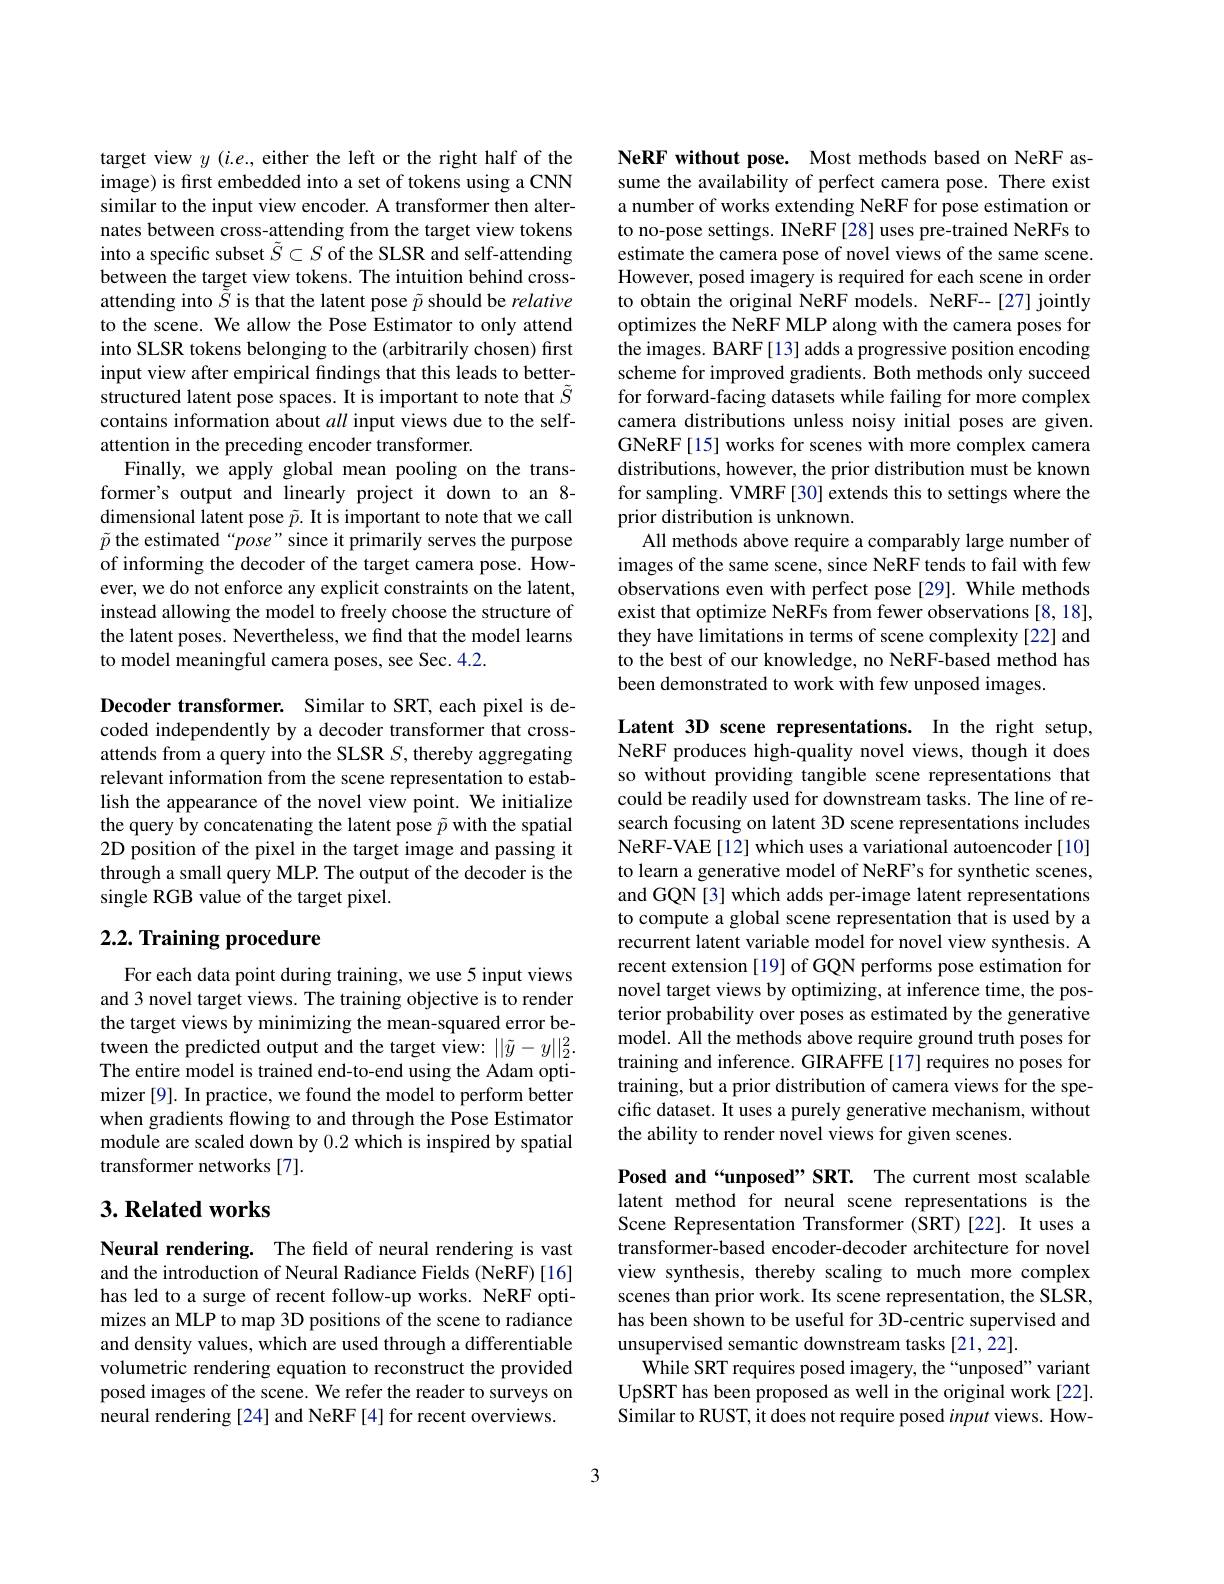
target view $y$ ($i.e.$, either the left or the right half of the image) is frst embedded into a set of tokens using a CNN similar to the input view encoder. A transformer then alternates between cross-attending from the target view tokens into a specific subset $\tilde{S}\subset S$ of the SLSR and self-attending between the target view tokens. The intuition behind crossattending into $\tilde{S}$ is that the latent pose $\tilde{p}$ should be relative to the scene. We allow the Pose Estimator to only attend into SLSR tokens belonging to the (arbitrarily chosen) first input view after empirical findings that this leads to betterstructured latent pose spaces. It is important to note that $\tilde{S}$ contains information about all input views due to the selfattention in the preceding encoder transformer.
Finally, we apply global mean pooling on the transformer's output and linearly project it down to an 8- dimensional latent pose $\tilde{p}.$ It is important to note that we call $\tilde{p}$ the estimated“pose” since it primarily serves the purpose of informing the decoder of the target camera pose. However, we do not enforce any explicit constraints on the latent, instead allowing the model to freely choose the structure of the latent poses. Nevertheless, we find that the model learns to model meaningful camera poses, see Sec. 4.2.

Decoder transformer. Similar to SRT, each pixel is decoded independently by a decoder transformer that crossattends from a query into the SLSR $S$, thereby aggregating relevant information from the scene representation to establish the appearance of the novel view point. We initialize the query by concatenating the latent pose $\tilde{p}$ with the spatial 2D position of the pixel in the target image and passing it through a small query MLP. The output of the decoder is the single RGB value of the target pixel.

## $2. 2. \textbf{ Training procedure}$

For each data point during training, we use 5 input views and 3 novel target views. The training objective is to render the target views by minimizing the mean-squared error between the predicted output and the target view: $||\tilde{y}-y||_{2}^{2}.$ The entire model is trained end-to-end using the Adam optimizer [9]. In practice, we found the model to perform better when gradients flowing to and through the Pose Estimator module are scaled down by 0.2 which is inspired by spatial transformer networks [7].

## $3. \textbf{Related works}$

Neural rendering. The feld of neural rendering is vast and the introduction of Neural Radiance Fields (NeRF)[16] has led to a surge of recent follow-up works. NeRF optimizes an MLP to map 3D positions of the scene to radiance and density values, which are used through a differentiable volumetric rendering equation to reconstruct the provided posed images of the scene. We refer the reader to surveys on neural rendering [24] and NeRF [4] for recent overviews.

NeRF without pose. Most methods based on NeRF assume the availability of perfect camera pose. There exist a number of works extending NeRF for pose estimation or to no-pose settings. INeRF[28] uses pre-trained NeRFs to estimate the camera pose of novel views of the same scene. However, posed imagery is required for each scene in order to obtain the original NeRF models. NeRF--[27] jointly optimizes the NeRF MLP along with the camera poses for the images. BARF[13] adds a progressive position encoding scheme for improved gradients. Both methods only succeed for forward-facing datasets while failing for more complex camera distributions unless noisy initial poses are given. GNeRF[15] works for scenes with more complex camera distributions, however, the prior distribution must be known for sampling. VMRF [30] extends this to settings where the prior distribution is unknown.
All methods above require a comparably large number of images of the same scene, since NeRF tends to fail with few observations even with perfect pose [29]. While methods exist that optimize NeRFs from fewer observations [8,18], they have limitations in terms of scene complexity [22] and to the best of our knowledge, no NeRF-based method has been demonstrated to work with few unposed images.

Latent 3D scene representations. In the right setup, NeRF produces high-quality novel views, though it does so without providing tangible scene representations that could be readily used for downstream tasks. The line of research focusing on latent 3D scene representations includes NeRF-VAE[12] which uses a variational autoencoder[10] to learn a generative model of NeRF's for synthetic scenes and GQN[3] which adds per-image latent representations to compute a global scene representation that is used by a recurrent latent variable model for novel view synthesis. A recent extension [19] of GQN performs pose estimation for novel target views by optimizing, at inference time, the posterior probability over poses as estimated by the generative model. All the methods above require ground truth poses for training and inference. GIRAFFE [17] requires no poses for training, but a prior distribution of camera views for the specific dataset. It uses a purely generative mechanism, without the ability to render novel views for given scenes.

Posed and“unposed”SRT. The current most scalable latent method for neural scene representations is the Scene Representation Transformer (SRT)[22]. It uses a transformer-based encoder-decoder architecture for novel view synthesis, thereby scaling to much more complex scenes than prior work. Its scene representation, the SLSR, has been shown to be useful for 3D-centric supervised and unsupervised semantic downstream tasks [21,22].
While SRT requires posed imagery, the“unposed”variant UpSRT has been proposed as well in the original work [22]. Similar to RUST, it does not require posed input views. How-

3